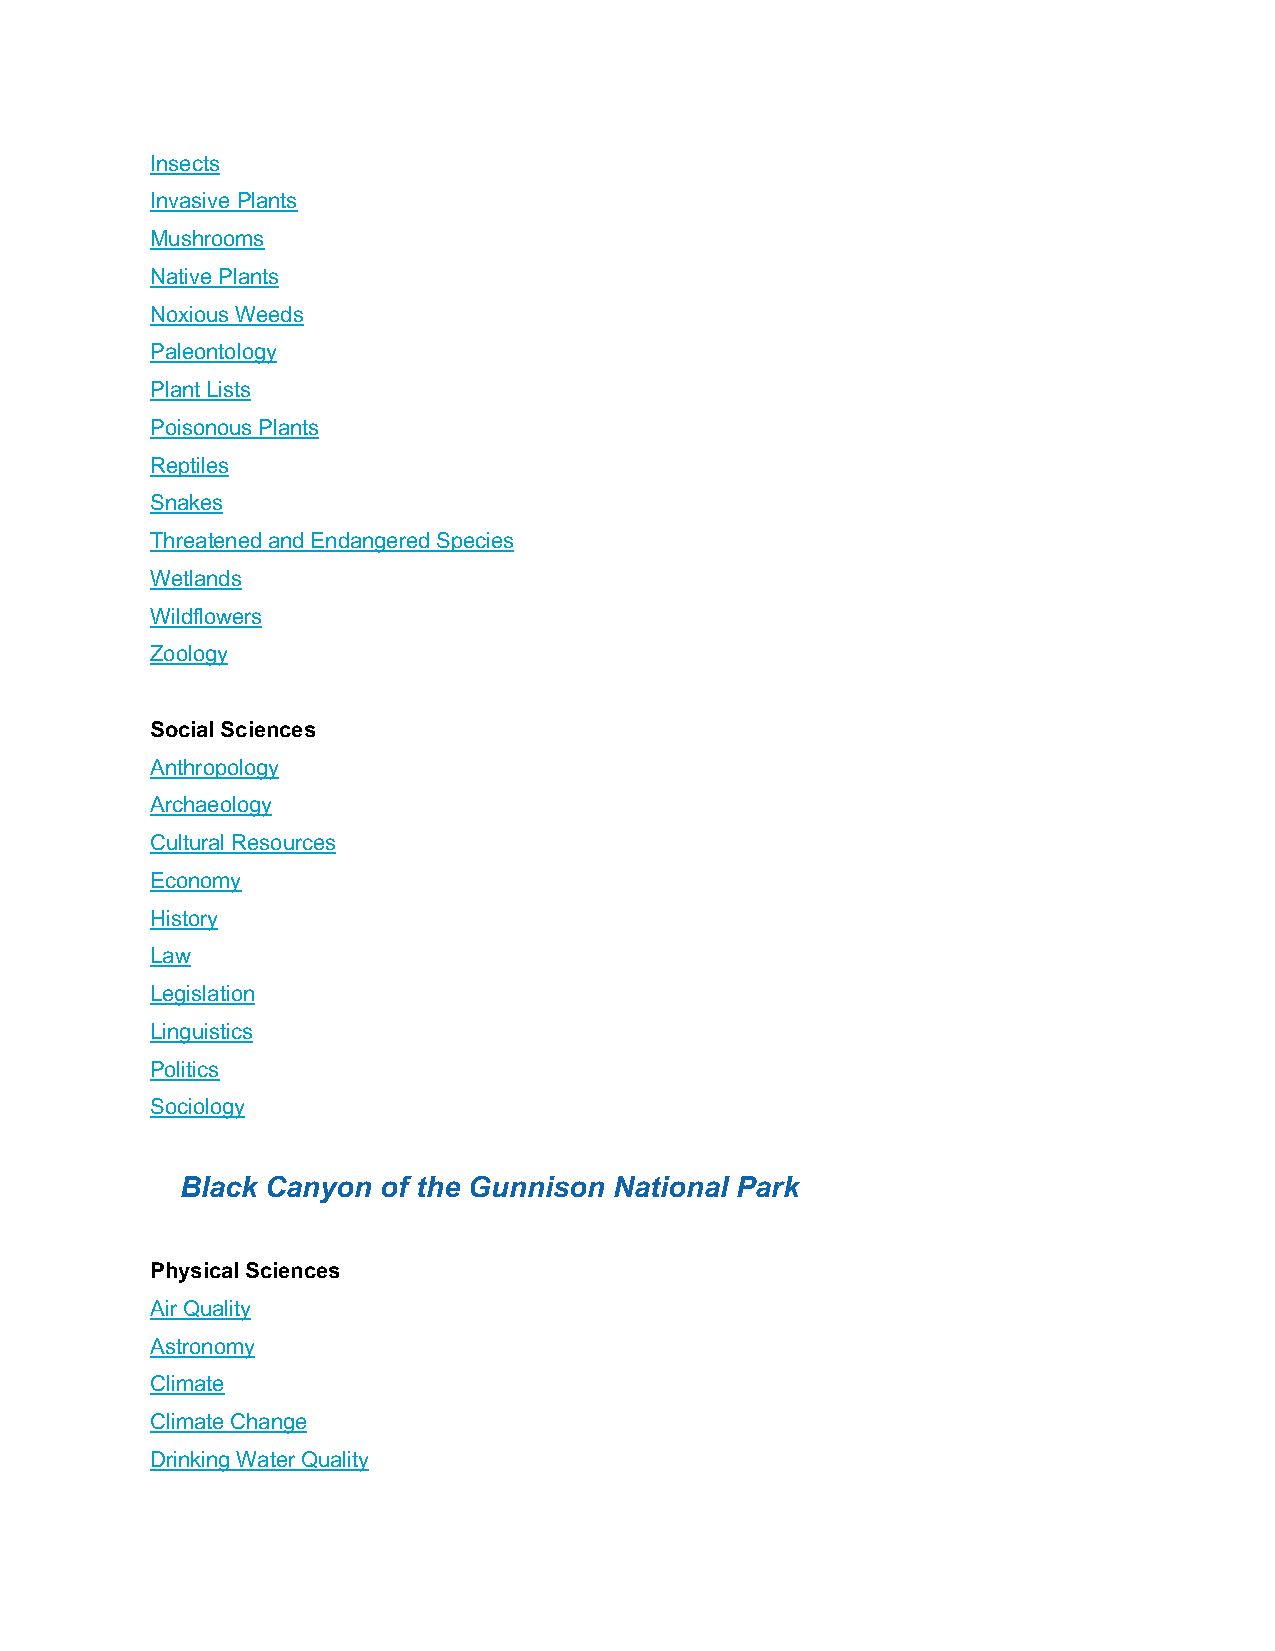
Insects
 Invasive Plants
 Mushrooms
 Native Plants
 Noxious Weeds
 Paleontology
 Plant Lists
 Poisonous Plants
 Reptiles
 Snakes
 Threatened and Endangered Species
 Wetlands
 Wildflowers
 Zoology
 Social Sciences
 Anthropology
 Archaeology
 Cultural Resources
 Economy
 History
 Law
 Legislation
 Linguistics
 Politics
 Sociology
 Black Canyon of the Gunnison National Park
 Physical Sciences
 Air Quality
 Astronomy
 Climate
 Climate Change
 Drinking Water Quality